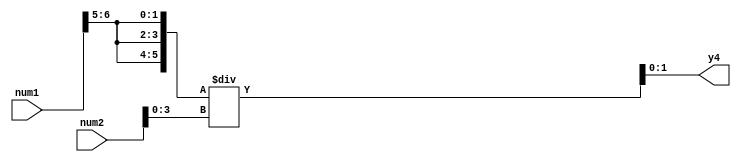
`timescale 1ns / 1ps
//////////////////////////////////////////////////////////////////////////////////
// Company: 
// Engineer: 
// 
// Design Name: 
// Module Name: replicate
// Project Name: 
// Target Devices: 
// Tool Versions: 
// Description: 
// 
// Dependencies: 
// 
// Revision:
// Revision 0.01 - File Created
// Additional Comments:
// 
//////////////////////////////////////////////////////////////////////////////////


module replicate(num1,num2,y4);
    input [7:0] num1;
    input [7:0] num2;
    wire [1:0] y1;
    wire [5:0] y2;
    wire [3:0] y3;
    output [1:0] y4;

    assign y1=num1[6:5];
    assign y2={3{y1}};
    assign y3=num2[3:0];
    assign y4=y2/y3;
endmodule